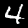
Label: 4